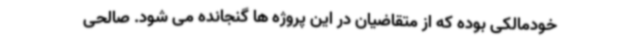
خودمالکی بوده که از متقاضیان در این پروژه ها گنجانده می شود. صالحی